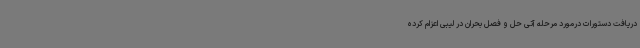
دریافت دستورات درمورد مرحله آتی حل و فصل بحران در لیبی اعزام کرده